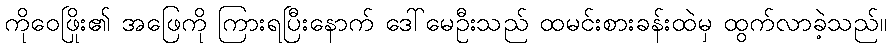
ကိုဝေဖြိုး၏ အဖြေကို ကြားရပြီးနောက် ဒေါ်မေဦးသည် ထမင်းစားခန်းထဲမှ ထွက်လာခဲ့သည်။